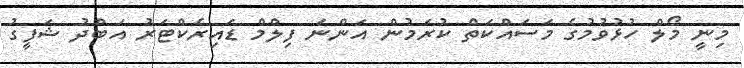
މިނީ މޯލް ހުޅުވުމުގެ މަސައްކަތް ކުރަމުން އަންނަ ފިލްމް ޑައިރެކްޓަރު އަބްދު ޝަފީގު